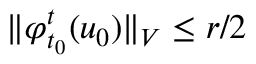
\Vert \varphi _ { t _ { 0 } } ^ { t } ( u _ { 0 } ) \Vert _ { V } \leq r / 2